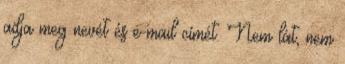
adja meg nevét és e-mail címét. Nem lát, nem